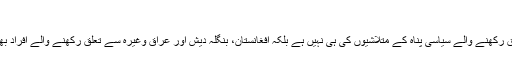
“
یہ صورتحال صرف پاکستان سے تعلق رکھنے والے سیاسی پناہ کے متلاشیوں کی ہی نہیں ہے بلکہ افغانستان، بنگلہ دیش اور عراق وغیرہ سے تعلق رکھنے والے افراد بھی اپنے وطن واپسی پر آمادہ نہیں ہیں۔